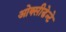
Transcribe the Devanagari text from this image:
ओक्सीडेन्टे